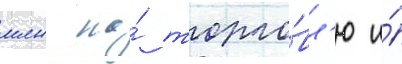
млн на́ торго́вл'ю и́